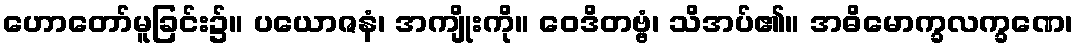
ဟောတော်မူခြင်း၌။ ပယောဇနံ၊ အကျိုးကို။ ဝေဒိတဗ္ဗံ၊ သိအပ်၏။ အဓိမောက္ခလက္ခဏေ၊